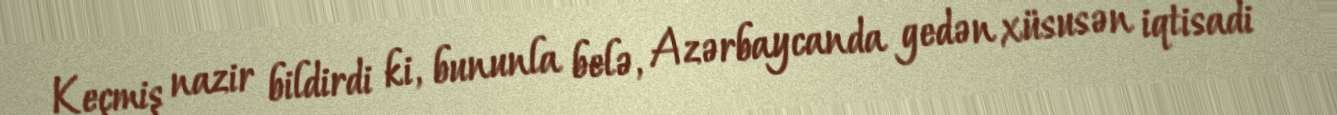
Keçmiş nazir bildirdi ki, bununla belə, Azərbaycanda gedən xüsusən iqtisadi